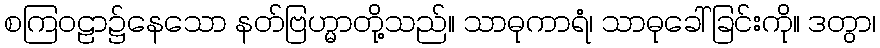
စကြဝဠာ၌နေသော နတ်ဗြဟ္မာတို့သည်။ သာဓုကာရံ၊ သာဓုခေါ်ခြင်းကို။ ဒတွာ၊